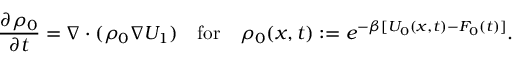
\frac { \partial \rho _ { 0 } } { \partial t } = \nabla \cdot ( \rho _ { 0 } \nabla U _ { 1 } ) \quad \mathrm { f o r } \quad \rho _ { 0 } ( { \boldsymbol { x } } , t ) : = e ^ { - \beta [ U _ { 0 } ( { \boldsymbol { x } } , t ) - F _ { 0 } ( t ) ] } .